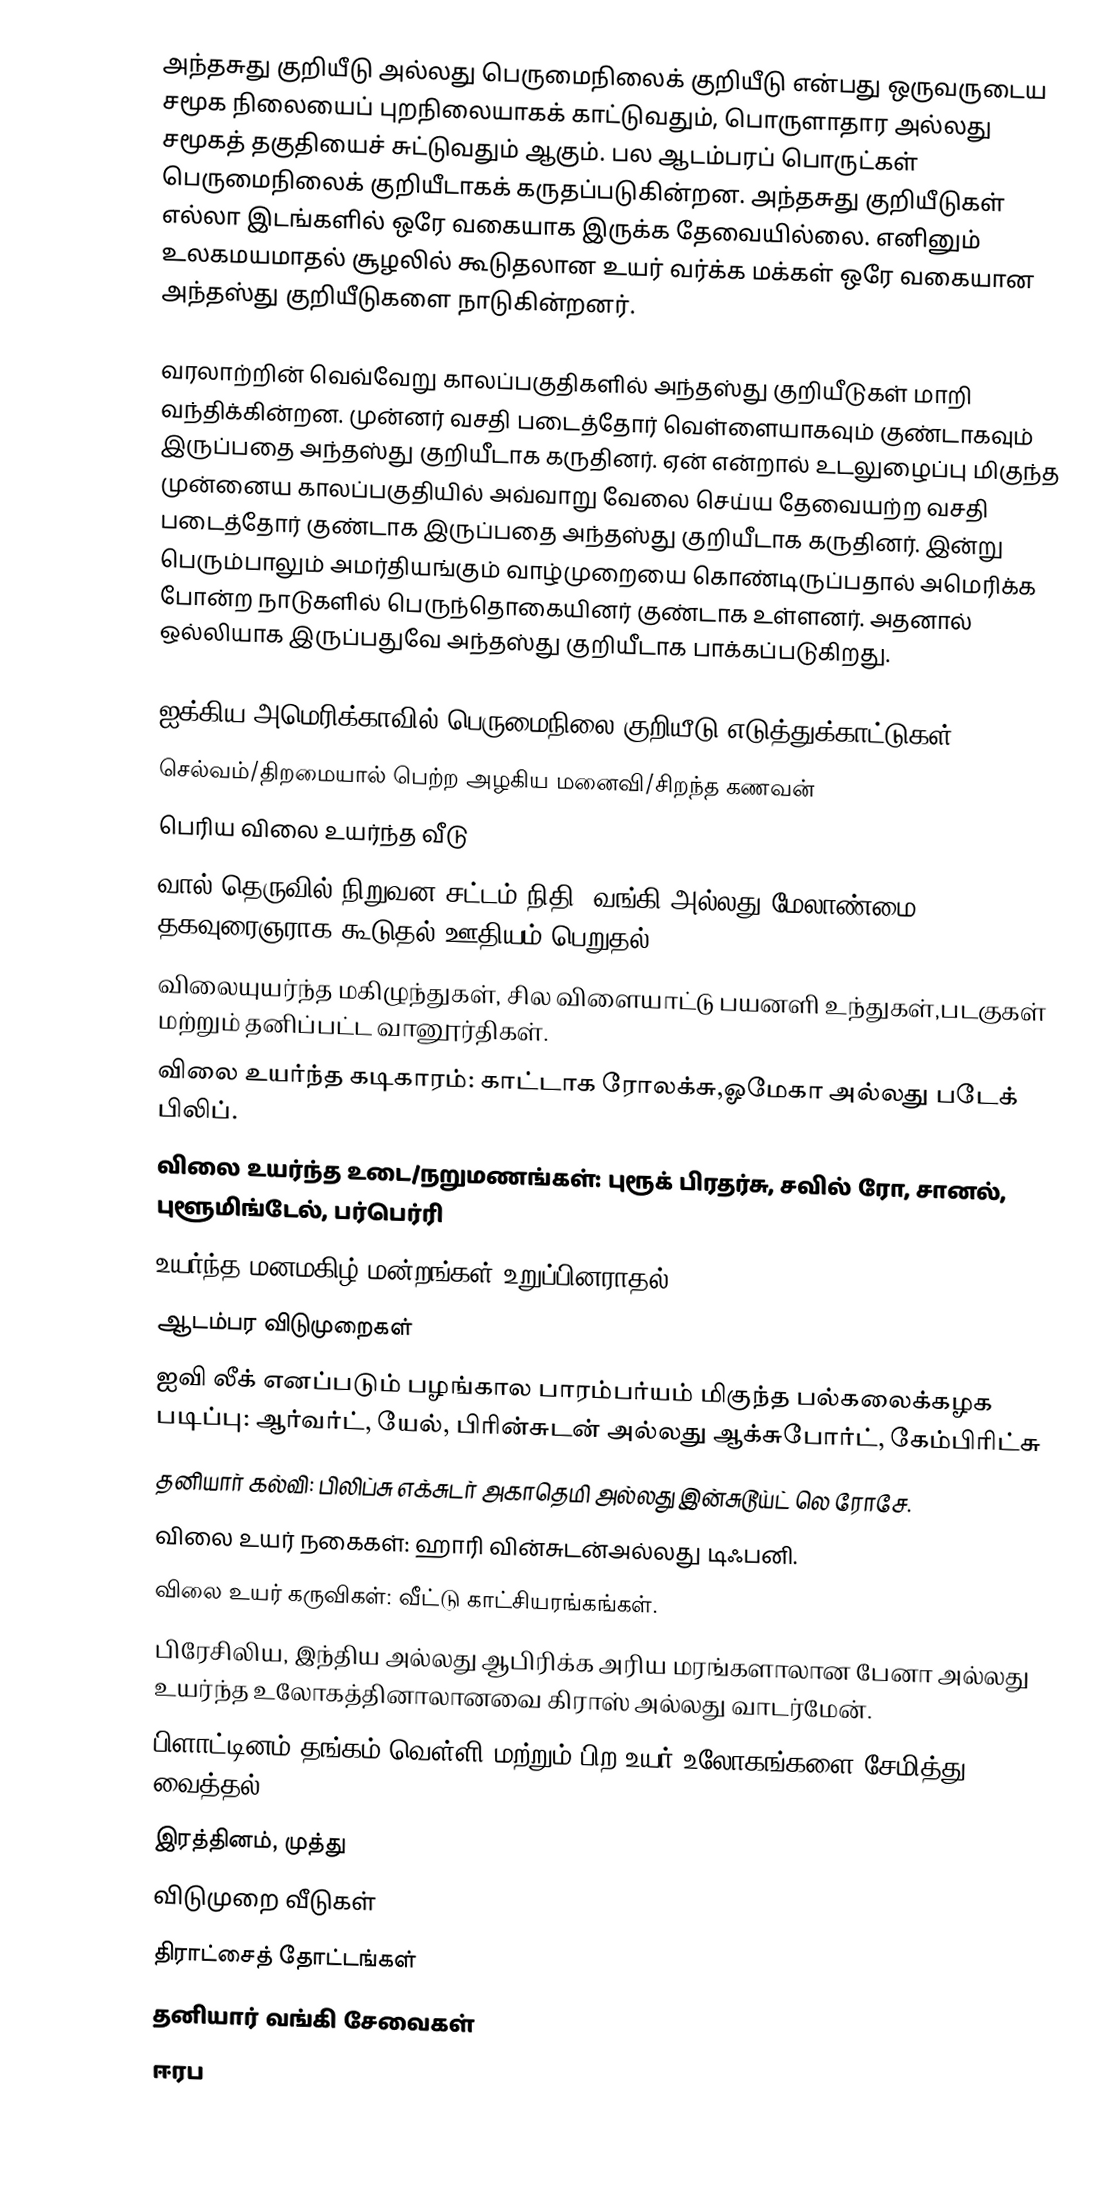
அந்தசுது குறியீடு அல்லது பெருமைநிலைக் குறியீடு என்பது ஒருவருடைய சமூக நிலையைப் புறநிலையாகக் காட்டுவதும், பொருளாதார அல்லது சமூகத் தகுதியைச் சுட்டுவதும் ஆகும். பல ஆடம்பரப் பொருட்கள் பெருமைநிலைக் குறியீடாகக் கருதப்படுகின்றன. அந்தசுது குறியீடுகள் எல்லா இடங்களில் ஒரே வகையாக இருக்க தேவையில்லை. எனினும் உலகமயமாதல் சூழலில் கூடுதலான உயர் வர்க்க மக்கள் ஒரே வகையான அந்தஸ்து குறியீடுகளை நாடுகின்றனர்.

வரலாற்றின் வெவ்வேறு காலப்பகுதிகளில் அந்தஸ்து குறியீடுகள் மாறி வந்திக்கின்றன.  முன்னர் வசதி படைத்தோர் வெள்ளையாகவும் குண்டாகவும் இருப்பதை அந்தஸ்து குறியீடாக கருதினர்.  ஏன் என்றால் உடலுழைப்பு மிகுந்த முன்னைய காலப்பகுதியில் அவ்வாறு வேலை செய்ய தேவையற்ற வசதி படைத்தோர் குண்டாக இருப்பதை அந்தஸ்து குறியீடாக கருதினர்.  இன்று பெரும்பாலும் அமர்தியங்கும் வாழ்முறையை கொண்டிருப்பதால் அமெரிக்க போன்ற நாடுகளில் பெருந்தொகையினர் குண்டாக உள்ளனர்.  அதனால் ஒல்லியாக இருப்பதுவே அந்தஸ்து குறியீடாக பாக்கப்படுகிறது.

ஐக்கிய அமெரிக்காவில் பெருமைநிலை குறியீடு எடுத்துக்காட்டுகள்
 செல்வம்/திறமையால் பெற்ற அழகிய மனைவி/சிறந்த கணவன்
 பெரிய விலை உயர்ந்த வீடு
 வால் தெருவில் நிறுவன சட்டம்,நிதி, வங்கி அல்லது மேலாண்மை தகவுரைஞராக கூடுதல் ஊதியம் பெறுதல்
 விலையுயர்ந்த மகிழுந்துகள், சில விளையாட்டு பயனளி உந்துகள்,படகுகள் மற்றும் தனிப்பட்ட வானூர்திகள்.
 விலை உயர்ந்த கடிகாரம்: காட்டாக ரோலக்சு,ஓமேகா அல்லது படேக் பிலிப்.
 விலை உயர்ந்த உடை/நறுமணங்கள்: புரூக் பிரதர்சு, சவில் ரோ, சானல்,  புளூமிங்டேல், பர்பெர்ரி
 உயர்ந்த மனமகிழ் மன்றங்கள் உறுப்பினராதல்
 ஆடம்பர விடுமுறைகள்
 ஐவி லீக் எனப்படும் பழங்கால பாரம்பர்யம் மிகுந்த பல்கலைக்கழக படிப்பு: ஆர்வர்ட், யேல், பிரின்சுடன் அல்லது ஆக்சுபோர்ட், கேம்பிரிட்சு
 தனியார் கல்வி: பிலிப்சு எக்சுடர் அகாதெமி அல்லது இன்சுடூய்ட் லெ ரோசே.
 விலை உயர் நகைகள்: ஹாரி வின்சுடன்அல்லது டிஃபனி.
 விலை உயர் கருவிகள்: வீட்டு காட்சியரங்கங்கள்.
 பிரேசிலிய, இந்திய அல்லது ஆபிரிக்க அரிய மரங்களாலான பேனா அல்லது உயர்ந்த உலோகத்தினாலானவை கிராஸ் அல்லது வாடர்மேன்.
 பிளாட்டினம்,தங்கம்,வெள்ளி மற்றும் பிற உயர் உலோகங்களை சேமித்து வைத்தல்.
 இரத்தினம், முத்து
 விடுமுறை வீடுகள்
 திராட்சைத் தோட்டங்கள்
 தனியார் வங்கி சேவைகள்
 ஈரப